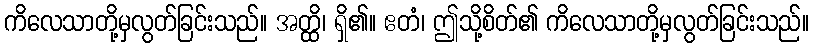
ကိလေသာတို့မှလွတ်ခြင်းသည်။ အတ္ထိ၊ ရှိ၏။ ဧတံ၊ ဤသို့စိတ်၏ ကိလေသာတို့မှလွတ်ခြင်းသည်။